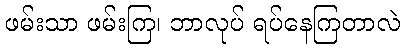
ဖမ်းသာ ဖမ်းကြ၊ ဘာလုပ် ရပ်နေကြတာလဲ